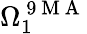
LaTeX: \Omega_{1}^{\mathrm{~9~M~A~}}